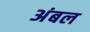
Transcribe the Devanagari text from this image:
अंबल